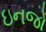
ઇનજો